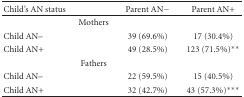
<table><thead><tr><td><b> Child&#x27;s AN status</b></td><td></td><td><b> Parent AN−</b></td><td><b> Parent AN+</b></td></tr></thead><tbody><tr><td></td><td> Mothers</td><td></td><td></td></tr><tr><td>Child AN–</td><td></td><td>39 (69.6%)</td><td>17 (30.4%)</td></tr><tr><td>Child AN+</td><td></td><td>49 (28.5%)</td><td>123 (71.5%)**</td></tr><tr><td></td><td>Fathers</td><td></td><td></td></tr><tr><td>Child AN–</td><td></td><td>22 (59.5%)</td><td>15 (40.5%)</td></tr><tr><td>Child AN+</td><td></td><td>32 (42.7%)</td><td> 43 (57.3%)***</td></tr></tbody></table>